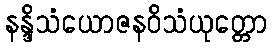
နန္ဒိသံယောဇနဝိသံယုတ္တော